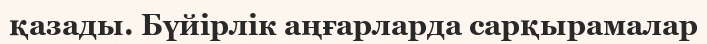
қазады. Бүйірлік аңғарларда сарқырамалар